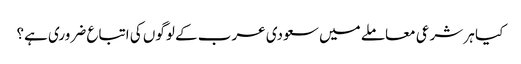
کیا ہر شرعی معاملے میں سعودی عرب کے لوگوں کی اتباع ضروری ہے؟